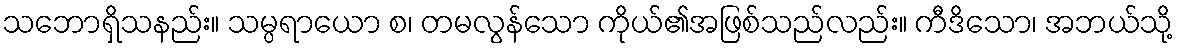
သဘောရှိသနည်း။ သမ္ပရာယော စ၊ တမလွန်သော ကိုယ်၏အဖြစ်သည်လည်း။ ကီဒိသော၊ အဘယ်သို့